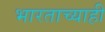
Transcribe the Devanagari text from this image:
भारताच्याही